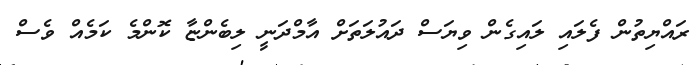
ރައްޔިތުން ފެލައި ލައިގެން ވިޔަސް ދައުލަތަށް އާމްދަނީ ލިބެންޏާ ކޮންމެ ކަމެއް ވެސް